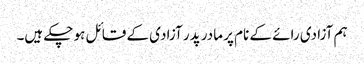
ہم آزادی رائے کے نام پر مادر پدر آزادی کے قائل ہو چکے ہیں۔